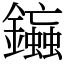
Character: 䥰